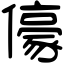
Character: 儫